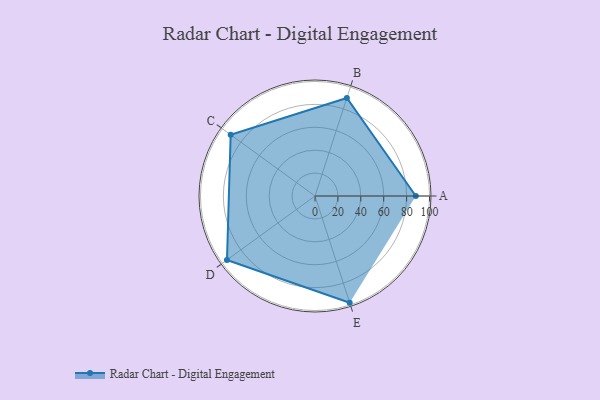
{"axis": {"x": "Skill", "y": "Score"}, "legend": ["Profile"], "data": [{"x": "A", "y": 88.0, "type": "Profile"}, {"x": "B", "y": 90.0, "type": "Profile"}, {"x": "C", "y": 91.0, "type": "Profile"}, {"x": "D", "y": 95.0, "type": "Profile"}, {"x": "E", "y": 98.0, "type": "Profile"}]}